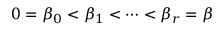
0 = \beta _ { 0 } < \beta _ { 1 } < \cdots < \beta _ { r } = \beta